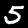
Digit: 5